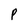
Character: P